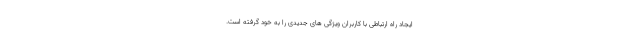
ایجاد راه ارتباطی با کاربران ویژگی های جدیدی را به خود گرفته است.